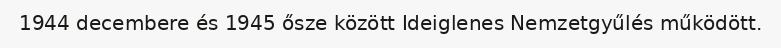
1944 decembere és 1945 ősze között Ideiglenes Nemzetgyűlés működött.